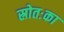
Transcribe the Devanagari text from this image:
स्रोतःका